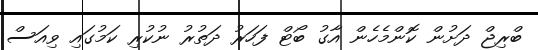
ބްރިޖް ދަށުން ކޮންމެހެން އާގު ބޯޓް ފަހަރު ދަތުރު ނުކުރި ކަމުގައި ވިއަސް